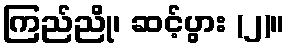
ကြည်ညို၊ ဆင့်ပွား (၂)။